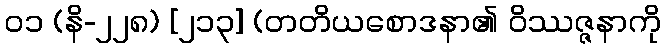
၀၁ (နိ-၂၂၈) [၂၁၃] (တတိယစောဒနာ၏ ဝိဿဇ္ဇနာကို